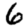
Digit: 6